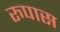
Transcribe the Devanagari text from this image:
रुपास